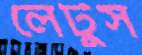
লেটুস